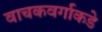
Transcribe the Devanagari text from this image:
वाचकवर्गाकडे